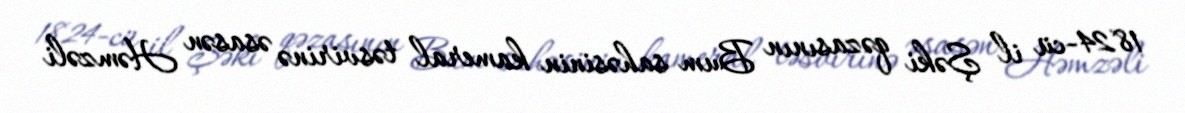
1824-cü il Şəki qəzasının Bum sahəsinin kameral təsvirinə əsasən Həmzəli